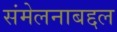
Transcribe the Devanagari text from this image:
संमेलनाबद्दल